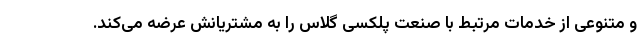
و متنوعی از خدمات مرتبط با صنعت پلکسی گلاس را به مشتریانش عرضه می‌کند.